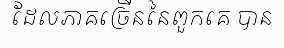
ដែលភាគច្រើននៃពួកគេ បាន